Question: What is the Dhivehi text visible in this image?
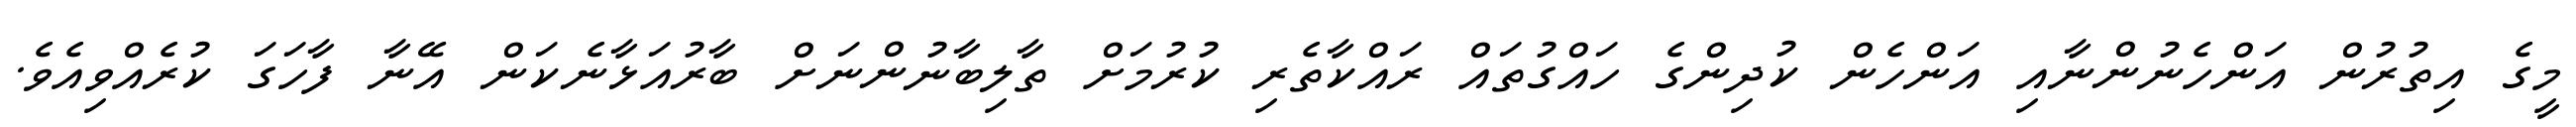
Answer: މީގެ އިތުރުން އަންހެނުންނާއި އަންހެން ކުދިންގެ ހައްގުތައް ރައްކާތެރި ކުރުމަށް ތާލިބާނުންނަށް ބާރުއަޅާނެކަން އޭނާ ފާހަގަ ކުރެއްވިއެވެ.